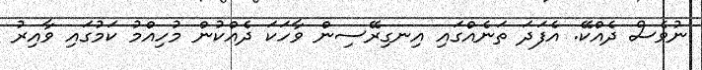
ނުވެސް ދެއްކޭ. އެފަދަ ތަނެއްގައި އިނގިރޭސިން ވާހަކަ ދެއްކުން މުހިއްމު ކަމުގައި ވާއިރު